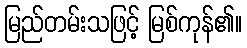
မြည်တမ်းသဖြင့် မြစ်ကုန်၏။